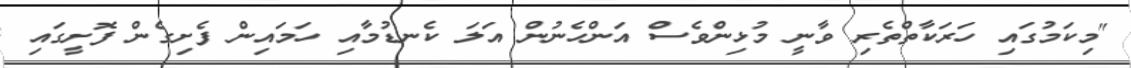
"މިކަމުގައި ހަރަކާތްތެރި ވާނީ މުޅިންވެސް އަންހެނުން އަލަ ކެނޑުމާއި ހަމައިން ފެށިގެން ފޮށީގައި